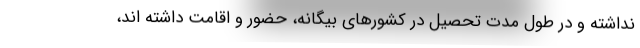
نداشته و در طول مدت تحصیل در کشورهای بیگانه، حضور و اقامت داشته اند،